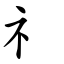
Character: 礻